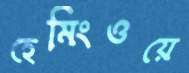
হেমিংওয়ে